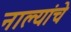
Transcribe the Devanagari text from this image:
नाल्यांचे